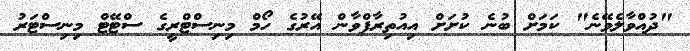
"ދުއްވާލެވޭނެ" ކަމަށް ބުނެ ކުށަށް އިއުތިރާފްވާން އޭރުގެ ހޯމް މިނިސްޓްރީގެ ސްޓޭޓް މިނިސްޓަރު